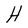
Character: H